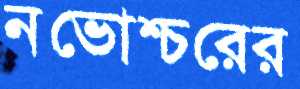
নভোশ্চরের